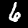
Label: 6